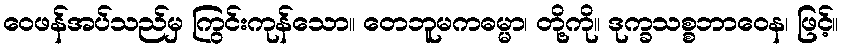
ဝေဖန်အပ်သည်မှ ကြွင်းကုန်သော။ တေဘူမကဓမ္မာ၊ တို့ကို။ ဒုက္ခသစ္စဘာဝေန၊ ဖြင့်။